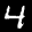
Label: 4